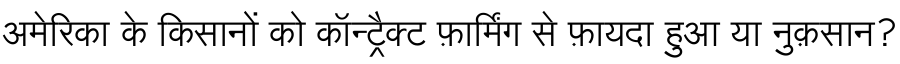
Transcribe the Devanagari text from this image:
अमेरिका के किसानों को कॉन्ट्रैक्ट फ़ार्मिंग से फ़ायदा हुआ या नुक़सान?